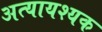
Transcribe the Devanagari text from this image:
अत्यायश्यक